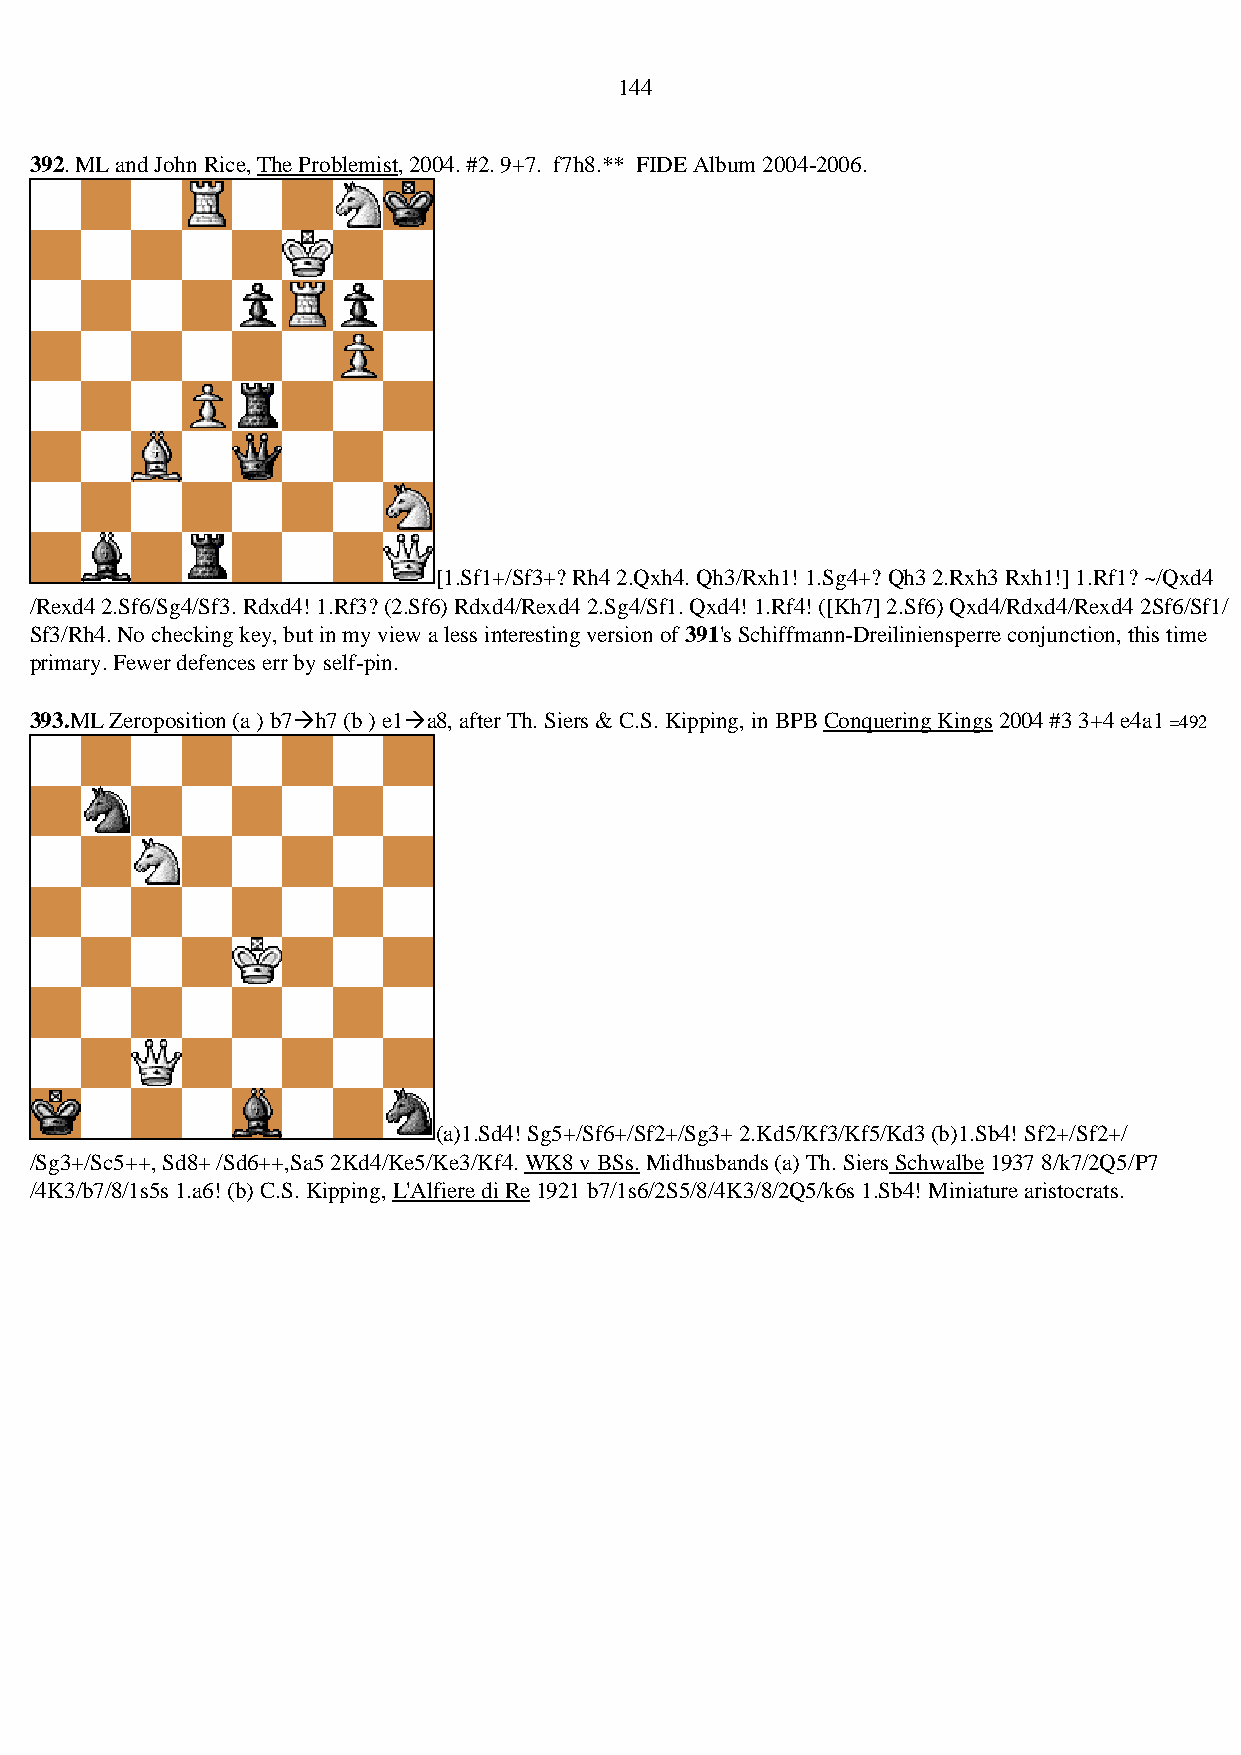
144
 392. ML and John Rice, The Problemist, 2004. #2. 9+7. f7h8.** FIDE Album 2004-2006.
 [1.Sf1+/Sf3+? Rh4 2.Qxh4. Qh3/Rxh1! 1.Sg4+? Qh3 2.Rxh3 Rxh1!] 1.Rf1? ~/Qxd4
 /Rexd4 2.Sf6/Sg4/Sf3. Rdxd4! 1.Rf3? (2.Sf6) Rdxd4/Rexd4 2.Sg4/Sf1. Qxd4! 1.Rf4! ([Kh7] 2.Sf6) Qxd4/Rdxd4/Rexd4 2Sf6/Sf1/
 Sf3/Rh4. No checking key, but in my view a less interesting version of 391's Schiffmann-Dreiliniensperre conjunction, this time
 primary. Fewer defences err by self-pin.
 393.ML Zeroposition (a ) b7→h7 (b ) e1→a8, after Th. Siers & C.S. Kipping, in BPB Conquering Kings 2004 #3 3+4 e4a1 =492
 (a)1.Sd4! Sg5+/Sf6+/Sf2+/Sg3+ 2.Kd5/Kf3/Kf5/Kd3 (b)1.Sb4! Sf2+/Sf2+/
 /Sg3+/Sc5++, Sd8+ /Sd6++,Sa5 2Kd4/Ke5/Ke3/Kf4. WK8 v BSs. Midhusbands (a) Th. Siers Schwalbe 1937 8/k7/2Q5/P7
 /4K3/b7/8/1s5s 1.a6! (b) C.S. Kipping, L'Alfiere di Re 1921 b7/1s6/2S5/8/4K3/8/2Q5/k6s 1.Sb4! Miniature aristocrats.